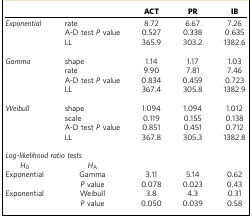
|  |  | ACT | PR | IB |
 | --- | --- | --- | --- | --- |
 | Exponential | rate | 8.72 | 6.67 | 7.26 |
 |  | A-D test P value | 0.527 | 0.338 | 0.635 |
 |  | LL | 365.9 | 303.2 | 1382.6 |
 |  |  |  |  |  |
 | Gamma | shape | 1.14 | 1.17 | 1.03 |
 |  | rate | 9.90 | 7.81 | 7.46 |
 |  | A-D test P value | 0.834 | 0.459 | 0.723 |
 |  | LL | 367.4 | 305.8 | 1382.9 |
 |  |  |  |  |  |
 | Weibull | shape | 1.094 | 1.094 | 1.012 |
 |  | scale | 0.119 | 0.155 | 0.138 |
 |  | A-D test P value | 0.851 | 0.451 | 0.712 |
 |  | LL | 367.8 | 305.3 | 1382.8 |
 |  |  |  |  |  |
 | <COLSPAN=5> Log-likelihood ratio tests |
 | H0 | HA |  |  |  |
 | Exponential | Gamma | 3.11 | 5.14 | 0.62 |
 |  | P value | 0.078 | 0.023 | 0.43 |
 | Exponential | Weibull | 3.8 | 4.3 | 0.31 |
 |  | P value | 0.050 | 0.039 | 0.58 |